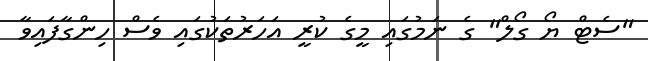
"ސެޓް ޔޯ ގޯލް" ގެ ނަމުގައި މީގެ ކުރީ އަހަރުތަކުގައި ވެސް ހިންގާފައިވާ